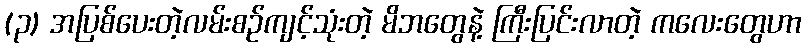
(၃) အပြစ်ပေးတဲ့လမ်းစဉ်ကျင့်သုံးတဲ့ မိဘတွေနဲ့ ကြီးပြင်းလာတဲ့ ကလေးတွေဟာ